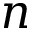
\boldsymbol { n }